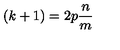
\left( k + 1 \right) = 2 p \frac { n } { m }